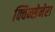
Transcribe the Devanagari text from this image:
क्विन्सेनेरा